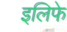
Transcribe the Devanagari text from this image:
इलिफे